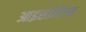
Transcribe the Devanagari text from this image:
आइसोनेक्स